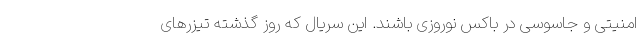
امنیتی و جاسوسی در باکس نوروزی باشند. این سریال که روز گذشته تیزرهای